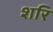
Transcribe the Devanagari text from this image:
शरि